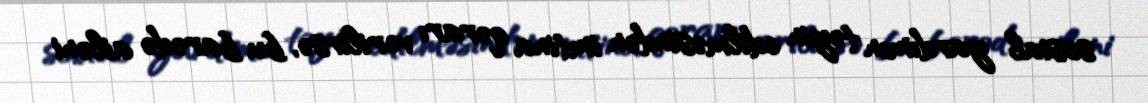
sosial yardımın təyin edilməsindən imtina qərarı verilirsə, bu barədə ailəni